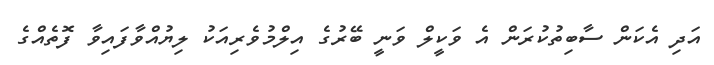
އަދި އެކަން ސާބިތުކުރަން އެ ވަކީލް ވަނީ ބޭރުގެ އިލްމުވެރިއަކު ލިޔުއްވާފައިވާ ފޮތެއްގެ